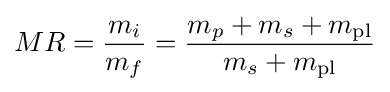
MR={\frac {m_{i}}{m_{f}}}={\frac {m_{p}+m_{s}+m_{\text{pl}}}{m_{s}+m_{\text{pl}}}}